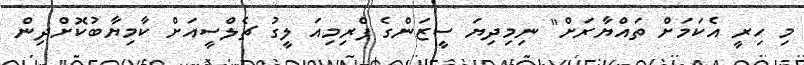
މި ހިރީ އެކަމަށް ތައްޔާރަށް" ނިމިދިޔަ ސީޒަންގެ ޕްރިމިއަ ލީގު ޗެލްސީއަށް ކާމިޔާބުކޮށްދިން